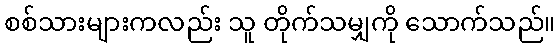
စစ်သားများကလည်း သူ တိုက်သမျှကို သောက်သည်။